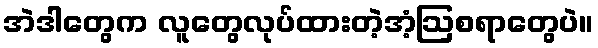
အဲဒါတွေက လူတွေလုပ်ထားတဲ့အံ့ဩစရာတွေပဲ။